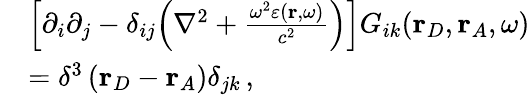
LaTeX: \begin{array}{rl}&{\Big[\partial_{i}\partial_{j}-\delta_{ij}\Big(\nabla^{2}+\frac{\omega^{2}\varepsilon(\mathbf{r},\omega)}{c^{2}}\Big)\Big]G_{ik}(\mathbf{r}_{D},\mathbf{r}_{A},\omega)}\\ &{=\delta^{3}\left(\mathbf{r}_{D}-\mathbf{r}_{A}\right)\delta_{jk}\, ,}\end{array}